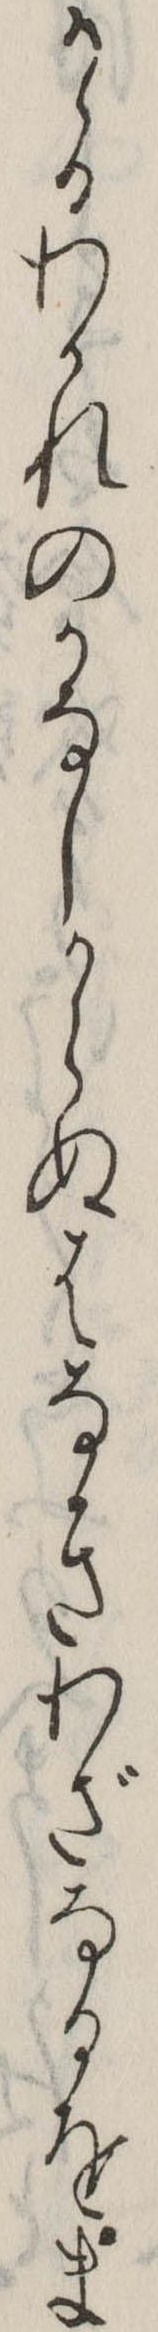
かゝるわかれのかなしからぬはなきわざなるをま